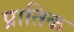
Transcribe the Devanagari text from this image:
प्रातिक